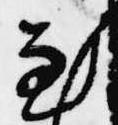
至